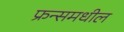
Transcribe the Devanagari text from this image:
फ्रन्समधील